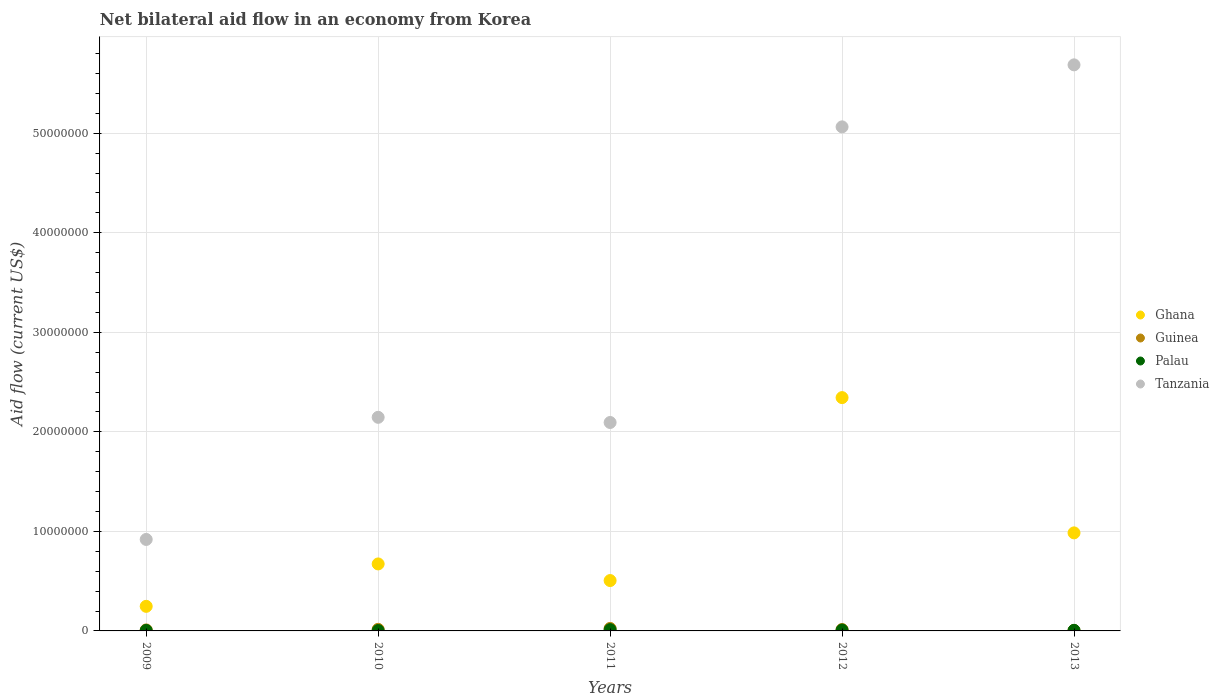
| Years | Ghana | Guinea | Palau | Tanzania |
 | --- | --- | --- | --- | --- |
 | 2009 | 2.47e+06 | 1e+05 | 5e+04 | 9.19e+06 |
 | 2010 | 6.73e+06 | 1.6e+05 | 4e+04 | 2.15e+07 |
 | 2011 | 5.06e+06 | 2.5e+05 | 1.3e+05 | 2.09e+07 |
 | 2012 | 2.34e+07 | 1.4e+05 | 9e+04 | 5.06e+07 |
 | 2013 | 9.85e+06 | 5e+04 | 6e+04 | 5.69e+07 |